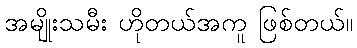
အမျိုးသမီး ဟိုတယ်အကူ ဖြစ်တယ်။